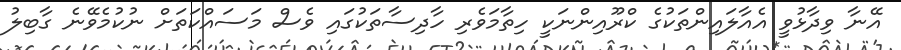
އޭނާ ވިދާޅުވީ އެއާލައިންތަކުގެ ކްރޫއިންނަކީ ހިތާމަވެރި ހާދިސާތަކުގައި ވެސް މަސައްކަތަށް ނުކުމެވޭނެ ގާބިލު